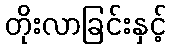
တိုးလာခြင်းနှင့်